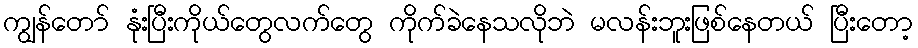
ကျွန်တော် နုံးပြီးကိုယ်တွေလက်တွေ ကိုက်ခဲနေသလိုဘဲ မလန်းဘူးဖြစ်နေတယ် ပြီးတော့